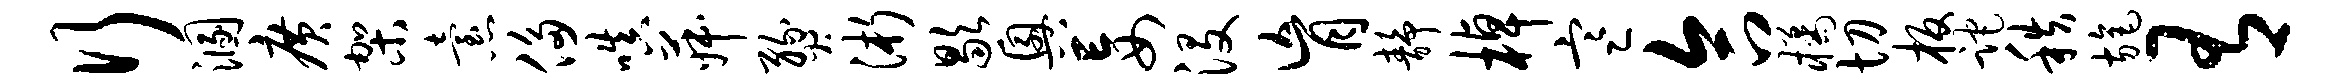
行溷广架怠侈嗔菽燹浙歇兴妄没肓静棹寒合橘切板跎秩旄有